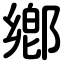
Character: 鄕